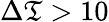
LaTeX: \Delta\mathfrak{T}>10